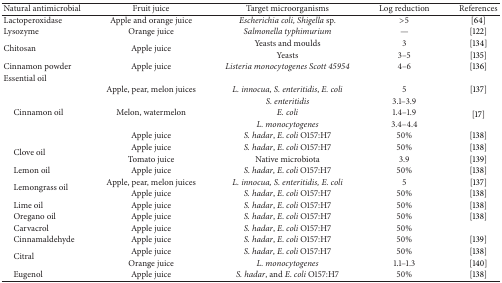
<table><thead><tr><td><b>Natural antimicrobial</b></td><td><b> Fruit juice </b></td><td><b>Target microorganisms</b></td><td><b>Log reduction</b></td><td><b>References </b></td></tr></thead><tbody><tr><td>Lactoperoxidase </td><td>Apple and orange juice </td><td><i>Escherichia coli, Shigella </i>sp.</td><td>&gt;5</td><td>[64]</td></tr><tr><td>Lysozyme </td><td>Orange juice </td><td><i>Salmonella typhimurium </i></td><td>—</td><td>[122]</td></tr><tr><td rowspan="2">Chitosan </td><td rowspan="2">Apple juice</td><td>Yeasts and moulds</td><td>3</td><td>[134]</td></tr><tr><td>Yeasts </td><td>3–5</td><td>[135]</td></tr><tr><td>Cinnamon powder </td><td>Apple juice </td><td><i>Listeria monocytogenes Scott 45954 </i></td><td>4–6</td><td>[136]</td></tr><tr><td>Essential oil</td><td> </td><td> </td><td> </td><td> </td></tr><tr><td rowspan="5"> Cinnamon oil</td><td>Apple, pear, melon juices</td><td><i>L. innocua, S. enteritidis</i>, <i>E. coli </i></td><td>5</td><td>[137]</td></tr><tr><td rowspan="3">Melon, watermelon</td><td><i>S. enteritidis </i></td><td>3.1–3.9</td><td rowspan="3">[17]</td></tr><tr><td><i>E. coli </i></td><td>1.4–1.9</td></tr><tr><td><i>L. monocytogenes </i></td><td>3.4–4.4</td></tr><tr><td>Apple juice</td><td><i>S. hadar</i>, <i>E</i>. <i>coli</i> O157:H7</td><td>50%</td><td>[138]</td></tr><tr><td rowspan="2"> Clove oil</td><td>Apple juice</td><td><i>S. hadar</i>, <i>E</i>. <i>coli</i> O157:H7</td><td>50%</td><td>[138]</td></tr><tr><td>Tomato juice</td><td>Native microbiota</td><td>3.9</td><td>[139]</td></tr><tr><td> Lemon oil</td><td>Apple juice </td><td><i>S</i>. <i>hadar</i>, <i>E</i>. <i>coli</i> O157:H7</td><td>50%</td><td>[138]</td></tr><tr><td rowspan="2"> Lemongrass oil</td><td>Apple, pear, melon juices</td><td><i>L. innocua, S. enteritidis, E. coli </i></td><td>5</td><td>[137]</td></tr><tr><td>Apple juice</td><td><i>S. hadar</i>, <i>E</i>. <i>coli</i> O157:H7</td><td>50%</td><td>[138]</td></tr><tr><td> Lime oil</td><td>Apple juice</td><td><i>S. hadar</i>, <i>E</i>. <i>coli</i> O157:H7</td><td>50%</td><td>[138]</td></tr><tr><td> Oregano oil</td><td>Apple juice</td><td><i>S. hadar</i>, <i>E</i>. <i>coli</i> O157:H7</td><td>50%</td><td>[138]</td></tr><tr><td> Carvacrol </td><td>Apple juice </td><td><i>S. hadar</i>, <i>E</i>. <i>coli</i> O157:H7</td><td>50%</td><td> </td></tr><tr><td> Cinnamaldehyde </td><td>Apple juice</td><td><i>S. hadar</i>, <i>E</i>. <i>coli</i> O157:H7</td><td>50%</td><td>[139]</td></tr><tr><td rowspan="2"> Citral </td><td>Apple juice</td><td><i>S</i>. <i>hadar</i>, <i>E</i>. <i>coli</i> O157:H7</td><td>50%</td><td>[138]</td></tr><tr><td>Orange juice </td><td><i>L. monocytogenes </i></td><td>1.1–1.3</td><td>[140]</td></tr><tr><td> Eugenol</td><td>Apple juice</td><td><i>S. hadar</i>, and <i>E</i>. <i>coli</i> O157:H7</td><td>50%</td><td>[138]</td></tr></tbody></table>